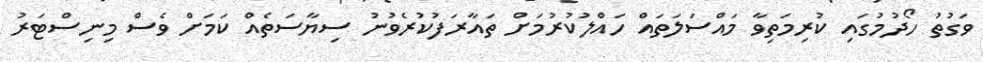
ވަގުތު ހޯދުމުގައި ކުރިމަތިވާ މައްސަލަތައް ހައްލުކުރުމަށް ތައާރަފުކުރެވުނު ސިޔާސަތެއް ކަމަށް ވެސް މިނިސްޓަރު